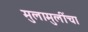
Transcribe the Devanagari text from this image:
मुलामुलींचा